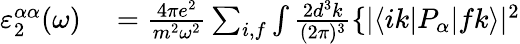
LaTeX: \begin{array}{rl}{\varepsilon_{2}^{\alpha\alpha}(\omega)}&{{}=\frac{4\pi e^{2}}{m^{2}\omega^{2}}\sum_{i,f}\int\frac{2d^{3}k}{(2\pi)^{3}}\{ |\langle ik|P_{\alpha}|fk\rangle|^{2}}\end{array}